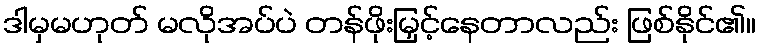
ဒါမှမဟုတ် မလိုအပ်ပဲ တန်ဖိုးမြှင့်နေတာလည်း ဖြစ်နိုင်၏။